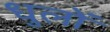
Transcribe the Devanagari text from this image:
धुलों